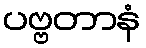
ပဗ္ဗတာနံ